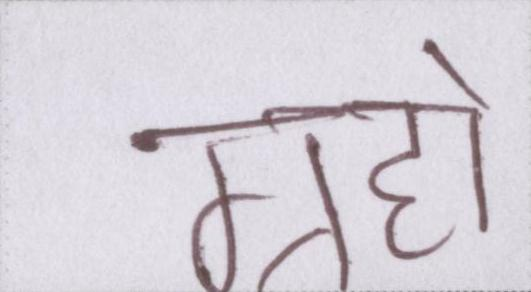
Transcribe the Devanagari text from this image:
ग्रहों